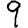
Digit: 9